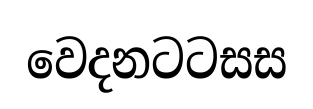
වෙදනටටසස